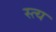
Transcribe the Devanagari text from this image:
स्त्य